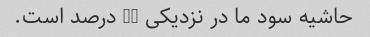
حاشیه سود ما در نزدیکی 20 درصد است.